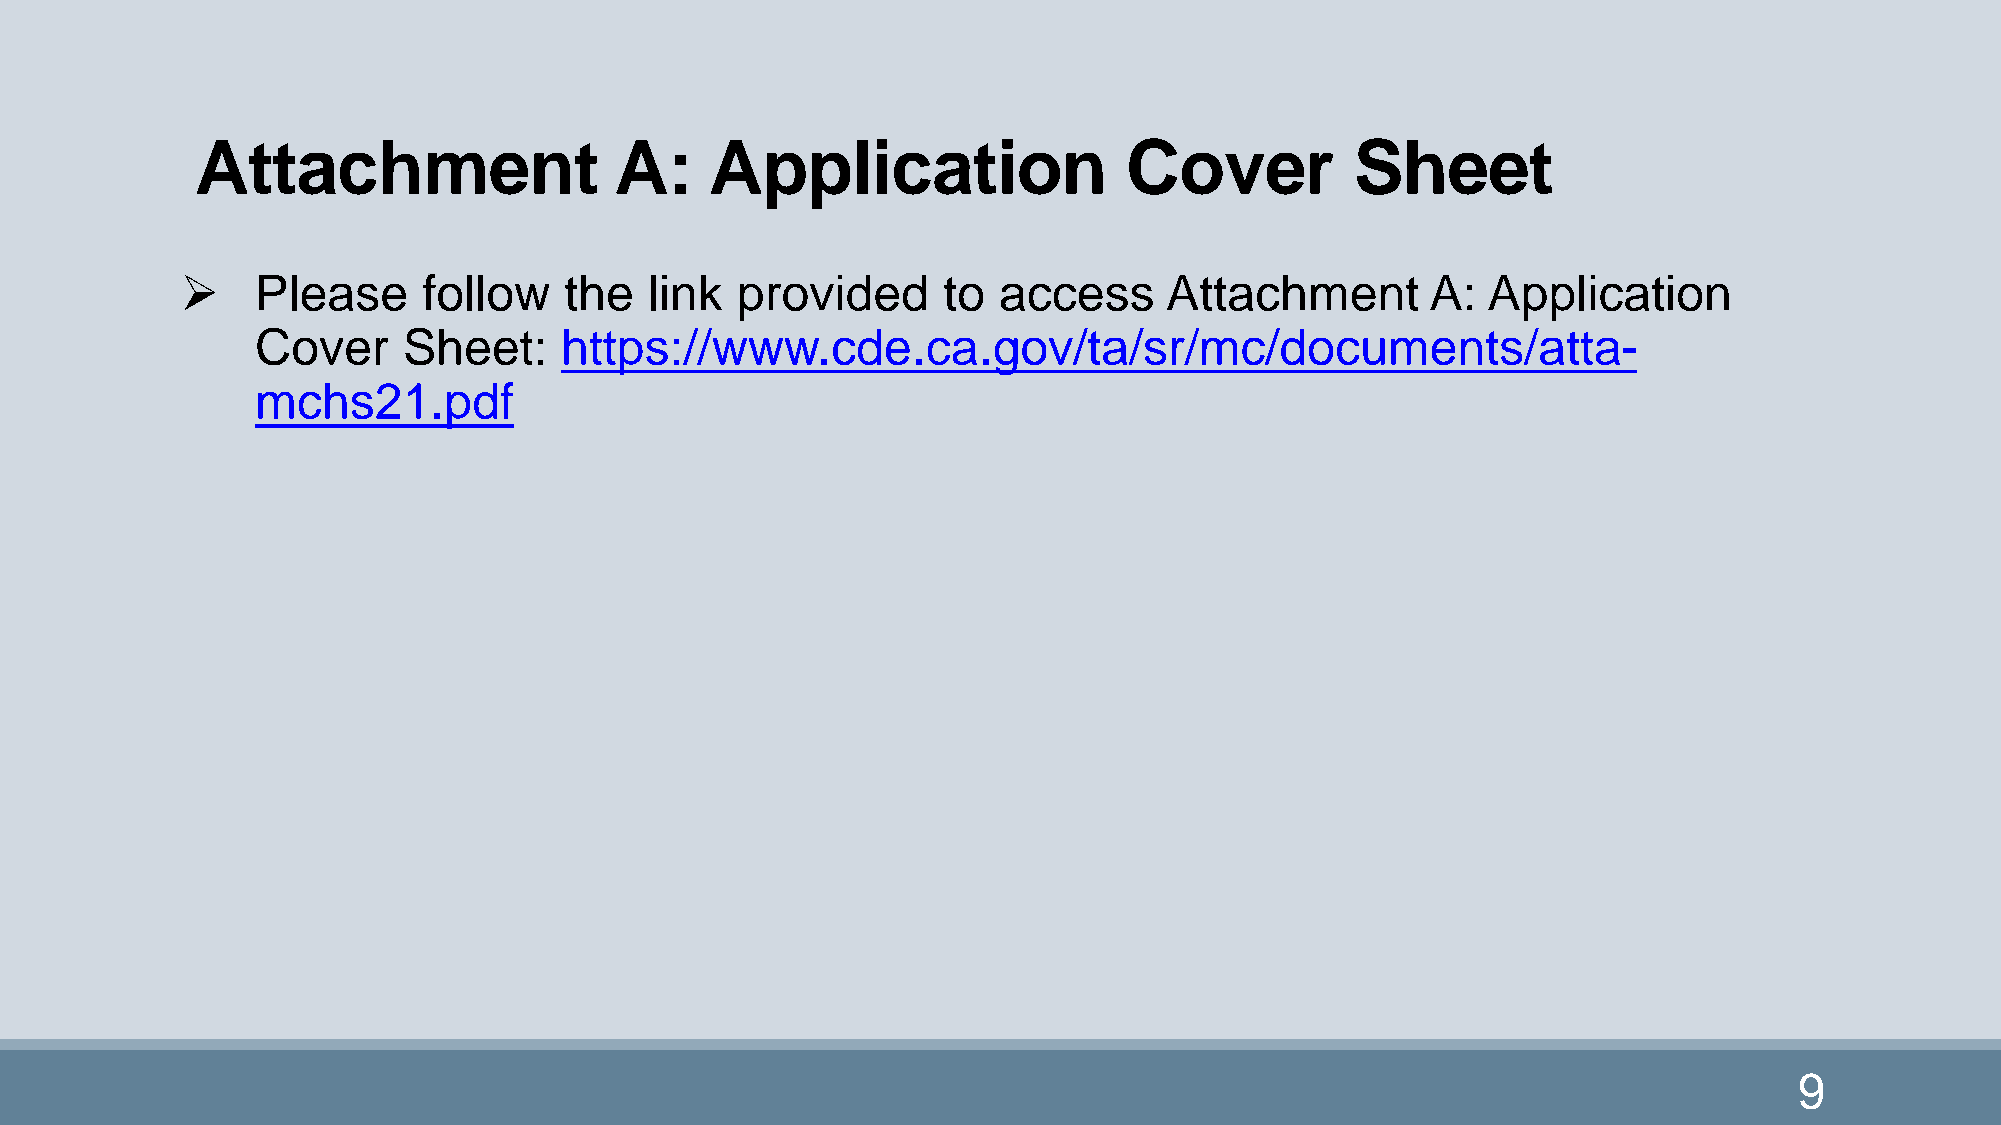
Attachment                  A:    Application                 Cover          Sheet
     Please     follow   the   link  provided     to  access     Attachment        A: Application
 Cover     Sheet:    https://www.cde.ca.gov/ta/sr/mc/documents/atta-
 mchs21.pdf
 9